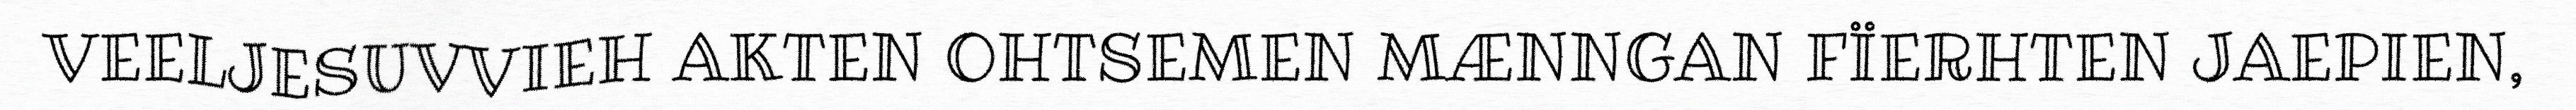
VEELJESUVVIEH AKTEN OHTSEMEN MÆNNGAN FÏERHTEN JAEPIEN,